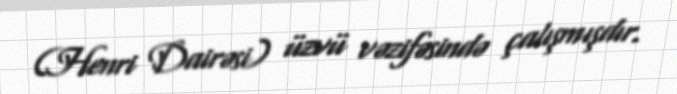
(Henri Dairəsi) üzvü vəzifəsində çalışmışdır.